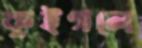
কুইগলে